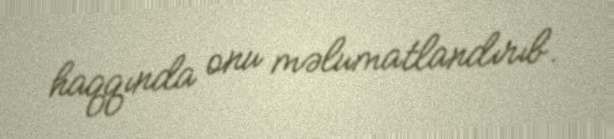
haqqında onu məlumatlandırıb.